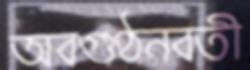
অবগুণ্ঠনবতী